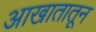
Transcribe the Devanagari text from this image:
आखातातून